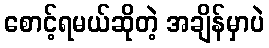
စောင့်ရမယ်ဆိုတဲ့ အချိန်မှာပဲ